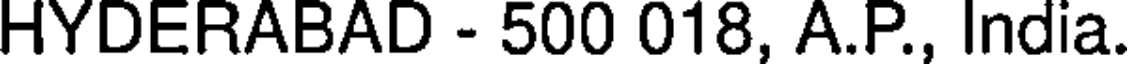
HYDERABAD - 500 018, A.P., India.